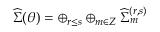
{ \widehat \Sigma } ( \theta ) = \oplus _ { r \leq s } \oplus _ { m \in Z } { \widehat \Sigma } _ { m } ^ { ( r , s ) }